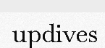
updives